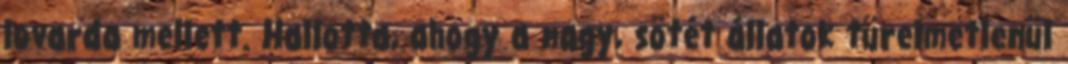
lovarda mellett. Hallotta, ahogy a nagy, sötét állatok türelmetlenül